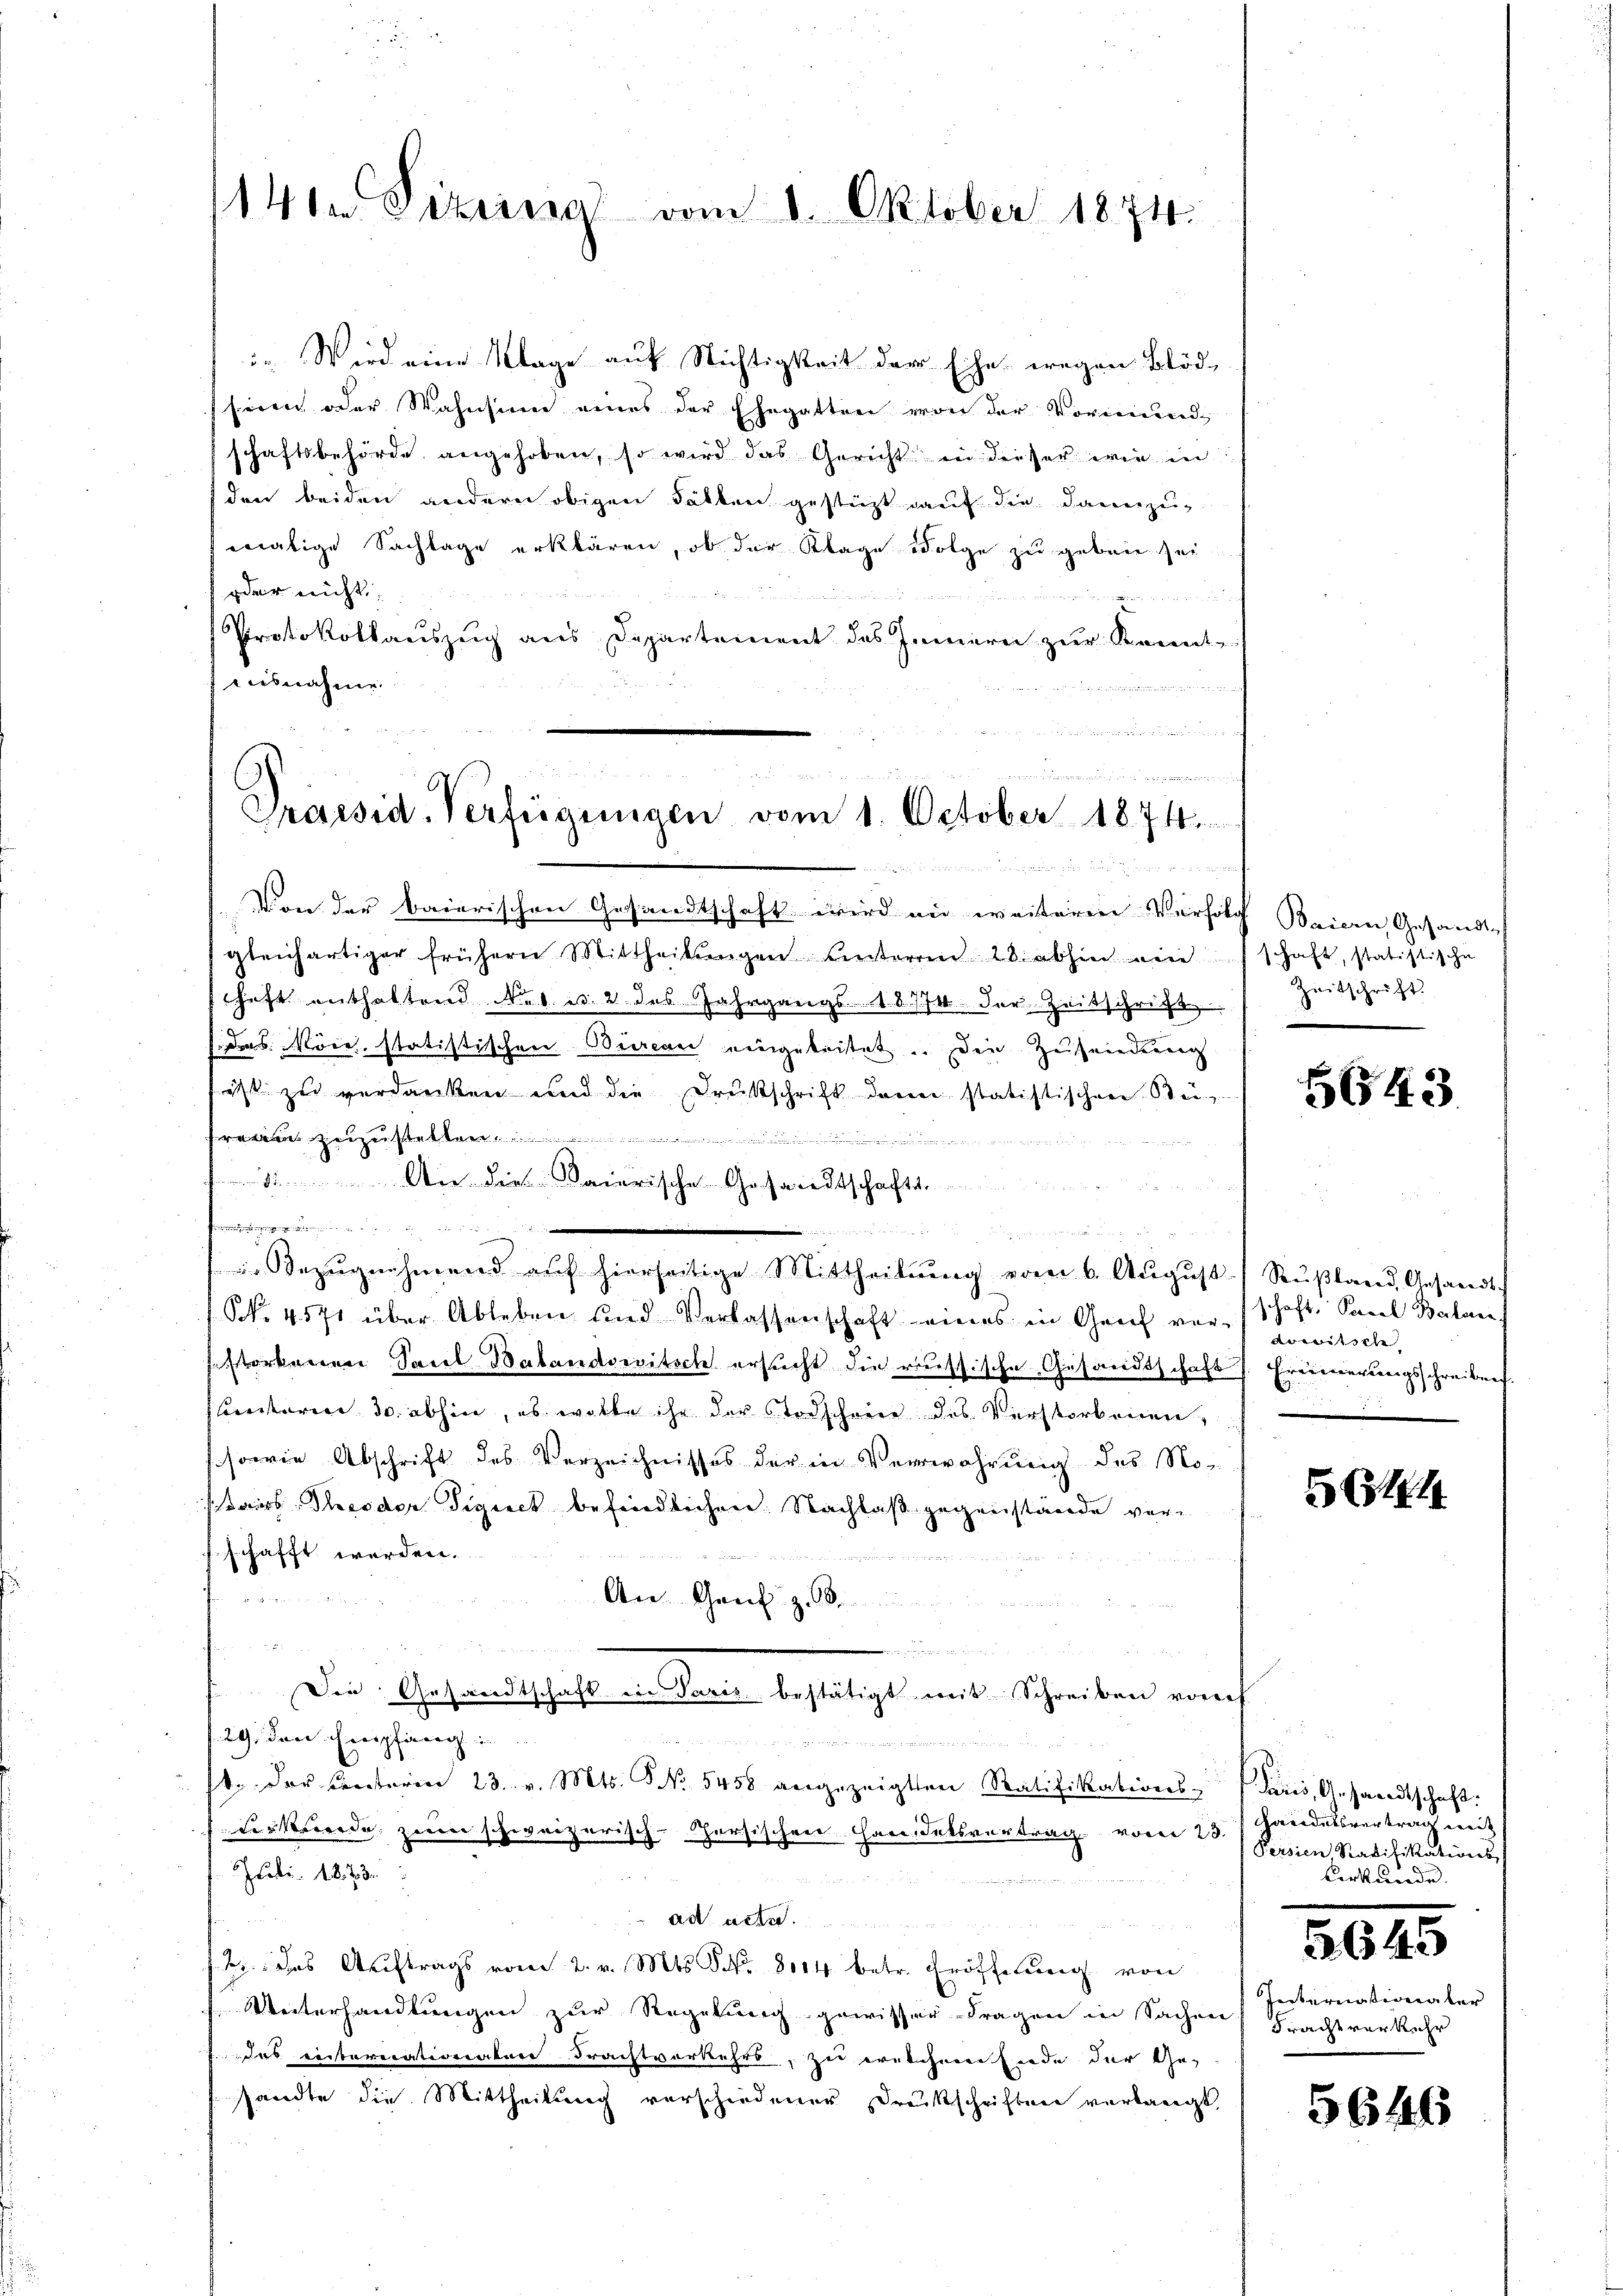
141 Pizrina vom 1. Oktober 1874.

. Wird eine Klage auf Nichtigkeit der Ehe wegen Blöd
heren oder Wahnsinne eines der Ehegatten von der Vormundschaftsbehörde angehoben, so wird das Gericht in dieser wie in
den beiden andern obigen hätten gestüzt auf die dannzumalige Sachlage erklären, ob der Klage Folge zu geben sei,
oder nicht
 23 x Ban
nd
Protokollauszug aus Departement des Innern zur Kennt
fausnahme

 52 x
20 f 4 xx

Praesid. Verfügungen vom 1. October 1874.

Von der baierischen Gesandtschaft wird an weiteren Verfolg Baiern, Gesandte
gleichartiger frühern Mittheilŭngen Centerm 28. abhin einschaft, statistische
schaft enthaltend No. 1. c. 2 des Jahrgangs 1874 der Zeitschrift
 Nöre, statistischen Bureau eingeleitet. Den Zusendung
ist zu verdanken und die Drukschrift dann statistischen Be¬
 eigeiste

airischen Gesandtschafte
e
 . . . .

Bezŭgnehmend auf hierseitige Mittheilŭng vom 6. Aŭgŭst Rußland, Gesandtsch
NNo. 4571 über Ableben und Verlassenschaft eines in Graf vor. (schaft. Saal Balan
estorbenen Paul-Batandswitsch ersucht die russische Gesandtschaft Erinnerungsschreiben
breiteren 30. abhin, es wolle ihr der Todschreie des Verstorbenen,
sowie Abschrift des Verzeichnisses der in Verwahrung des Notairs Theodor Tignet befindlichen: Nachlaß gegenstände ver¬

schafft werden.
An. Genf z. S.
 gegende er der
Die Gesandtschaft in Paris bestätigt mit Schreiben vorf
f. 29. Den Ereipfienach in
1. Der Centeren 23. v. Mts. No. 5458 angezeigten Ratifikations-Paris, Gesandtschaft.
der werde, zum schweizerisch-Chorsischene Handelsvertrag vom 23. Handelsvertrag mit
JFebr. 1873.
ad acter.
12. das Auftrags vom 2. v. Mts. S. Nr. 8114 betr. Eröffnung von
Unterhandlungen zur Regelung gewisser Fragen in Sachen Frachtverkehr
das eintererationalere Frachtverkehrs, zu welchem Ende der Gesandte die Mittheilŭng verschiedener Druckschriften verlangt,

Zeitschrift.

5643

Areitsche

614

Persien Radifikations
berkunde.

3645

Internationater

5646